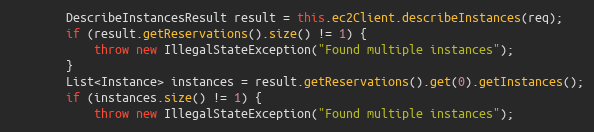
Language: Java
        DescribeInstancesResult result = this.ec2Client.describeInstances(req);
        if (result.getReservations().size() != 1) {
            throw new IllegalStateException("Found multiple instances");
        }
        List<Instance> instances = result.getReservations().get(0).getInstances();
        if (instances.size() != 1) {
            throw new IllegalStateException("Found multiple instances");